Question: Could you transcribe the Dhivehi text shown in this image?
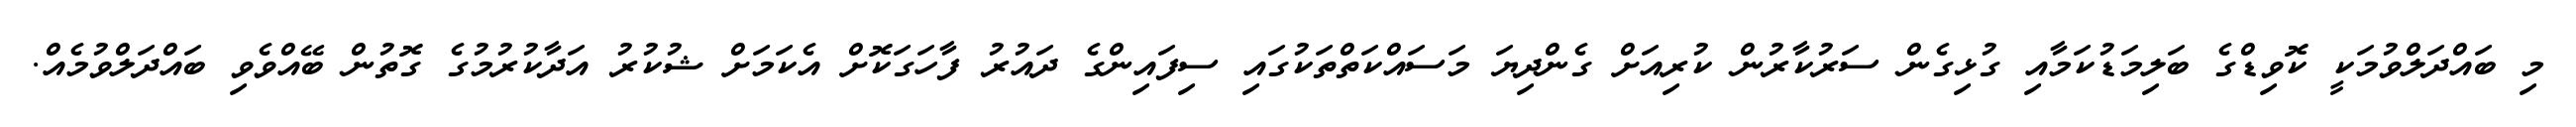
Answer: މި ބައްދަލްވުމަކީ ކޮވިޑްގެ ބަލިމަޑުކަމާއި ގުޅިގެން ސަރުކާރުން ކުރިއަށް ގެންދިޔަ މަސައްކަތްތަކުގައި ސިފައިންގެ ދައުރު ފާހަގަކޮށް އެކަމަށް ޝުކުރު އަދާކުރުމުގެ ގޮތުން ބޭއްވެވި ބައްދަލްވުމެއް.